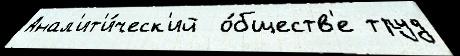
Анал'ит'и́ческ'ий  о́бществ'е труд